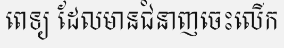
ពេទ្យ ដែលមានជំនាញចេះលើក